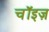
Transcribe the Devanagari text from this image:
चॉइज़